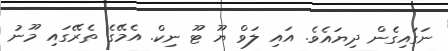
ނަގައިގެން ދިޔައެވެ. އައި ލަވް ޔޫ ޓޫ ނިކް. އެމޭގެ ތެރޭގައި މޫނު